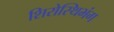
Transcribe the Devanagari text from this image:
शिरोस्थिभंग